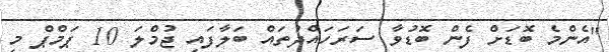
"އެންމެ ބޮޑަށް ފެން ބޮޑުވާ ސަރަހައްދުތައް ބަލާފައި ޖުމްލަ 10 ޕަމްޕް މި